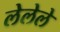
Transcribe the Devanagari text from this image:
लेलेले